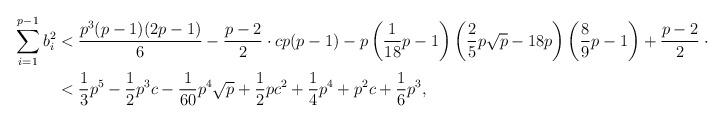
LaTeX: \begin{align*} \sum_{i = 1}^{p - 1} b_i^2 &< \frac{p^3(p - 1)(2p - 1)}{6} - \frac{p - 2}{2}\cdot cp(p - 1) - p\left(\frac{1}{18}p - 1\right)\left(\frac{2}{5}p\sqrt{p} - 18p\right)\left(\frac{8}{9}p - 1\right) + \frac{p - 2}{2}\cdot c^2 \\ &< \frac{1}{3}p^5 - \frac{1}{2}p^3c - \frac{1}{60}p^4\sqrt{p} + \frac{1}{2}pc^2 + \frac{1}{4}p^4 + p^2c + \frac{1}{6}p^3, \end{align*}